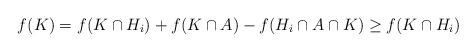
LaTeX: \begin{align*}f(K)=f(K\cap H_i) + f(K \cap A) - f(H_i\cap A\cap K)\geq f(K\cap H_i)\end{align*}